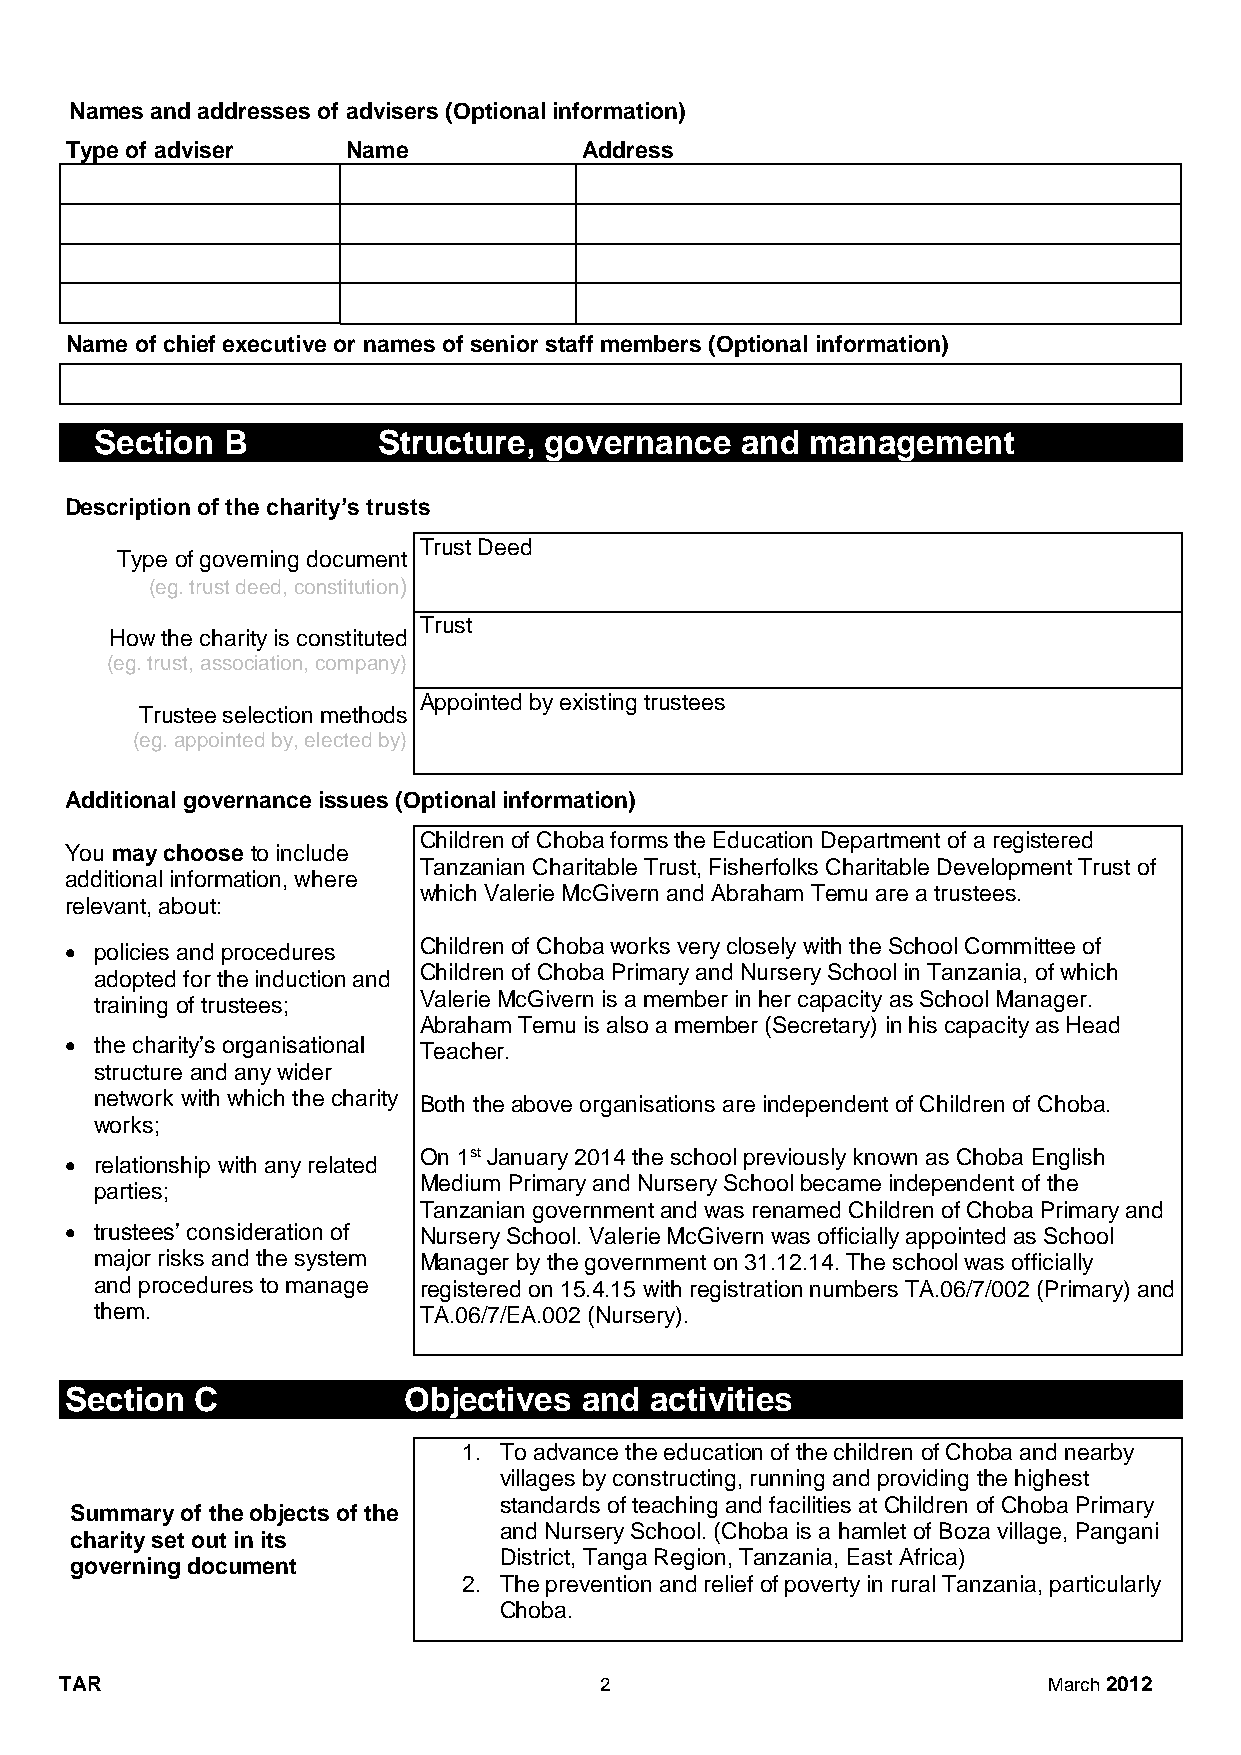
Names and addresses of advisers (Optional information)
 Type of adviser    Name            Address
 Name of chief executive or names of senior staff members (Optional information)
 Section  B         Structure, governance   and  management
 Description of the charity’s trusts
 Trust Deed
 Type of governing document
 (eg. trust deed, constitution)
 Trust
 How the charity is constituted
 (eg. trust, association, company)
 Appointed by existing trustees
 Trustee selection methods
 (eg. appointed by, elected by)
 Additional governance issues (Optional information)
 Children of Choba forms the Education Department of a registered
 You may choose to include
 Tanzanian Charitable Trust, Fisherfolks Charitable Development Trust of
 additional information, where
 which Valerie McGivern and Abraham Temu are a trustees.
 relevant, about:
  policies and procedures Children of Choba works very closely with the School Committee of
 Children of Choba Primary and Nursery School in Tanzania, of which
 adopted for the induction and
 training of trustees; Valerie McGivern is a member in her capacity as School Manager.
 Abraham Temu is also a member (Secretary) in his capacity as Head
  the charity’s organisational Teacher.
 structure and any wider
 network with which the charity Both the above organisations are independent of Children of Choba.
 works;
 On 1st January 2014 the school previously known as Choba English
  relationship with any related
 Medium Primary and Nursery School became independent of the
 parties;
 Tanzanian government and was renamed Children of Choba Primary and
  trustees’ consideration of Nursery School. Valerie McGivern was officially appointed as School
 major risks and the system Manager by the government on 31.12.14. The school was officially
 and procedures to manage registered on 15.4.15 with registration numbers TA.06/7/002 (Primary) and
 them.                 TA.06/7/EA.002 (Nursery).
 Section  C             Objectives and  activities
 1. To advance the education of the children of Choba and nearby
 villages by constructing, running and providing the highest
 standards of teaching and facilities at Children of Choba Primary
 Summary of the objects of the
 and Nursery School. (Choba is a hamlet of Boza village, Pangani
 charity set out in its
 District, Tanga Region, Tanzania, East Africa)
 governing document
 2. The prevention and relief of poverty in rural Tanzania, particularly
 Choba.
 TAR                                 2                            March 2012